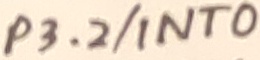
Text: P3.2/INT0